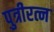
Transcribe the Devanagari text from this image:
पुत्रीरत्न